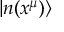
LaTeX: | n ( x ^ { \mu } ) \rangle